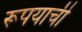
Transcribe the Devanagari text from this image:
रूपयाची